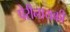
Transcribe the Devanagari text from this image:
पेरीनायकी